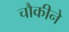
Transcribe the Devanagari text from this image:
चौकीने